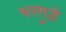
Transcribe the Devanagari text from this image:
भरगुडे